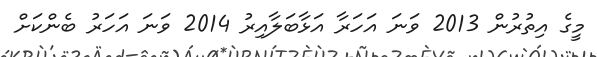
މީގެ އިތުރުން 2013 ވަނަ އަހަރާ އަޅާބަލާއިރު 2014 ވަނަ އަހަރު ބެންކަށް